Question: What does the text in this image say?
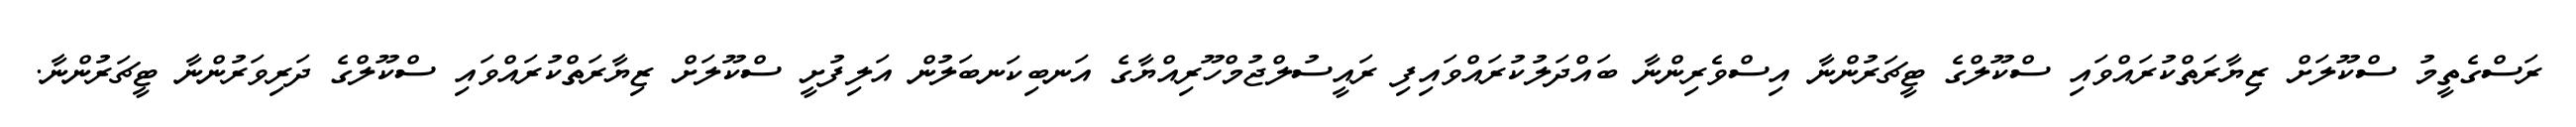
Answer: ރަސްގެތީމު ސްކޫލަށް ޒިޔާރަތްކުރައްވައި ސްކޫލްގެ ޓީޗަރުންނާ އިސްވެރިންނާ ބައްދަލުކުރައްވައިފި ރައީސުލްޖުމްހޫރިއްޔާގެ އަނބިކަނބަލުން އަލިފުށީ ސްކޫލަށް ޒިޔާރަތްކުރައްވައި ސްކޫލްގެ ދަރިވަރުންނާ ޓީޗަރުންނާ.